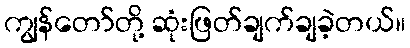
ကျွန်တော်တို့ ဆုံးဖြတ်ချက်ချခဲ့တယ်။